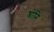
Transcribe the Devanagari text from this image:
श्रोनि